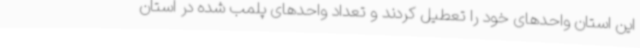
این استان واحدهای خود را تعطیل کردند و تعداد واحدهای پلمب شده در استان